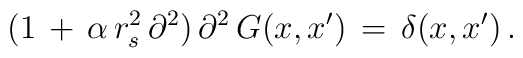
(1\,+\,\alpha\,r_s^2\,\partial^2)\,\partial^2\,G(x,x')\,=\,\delta(x,x')\,{.}